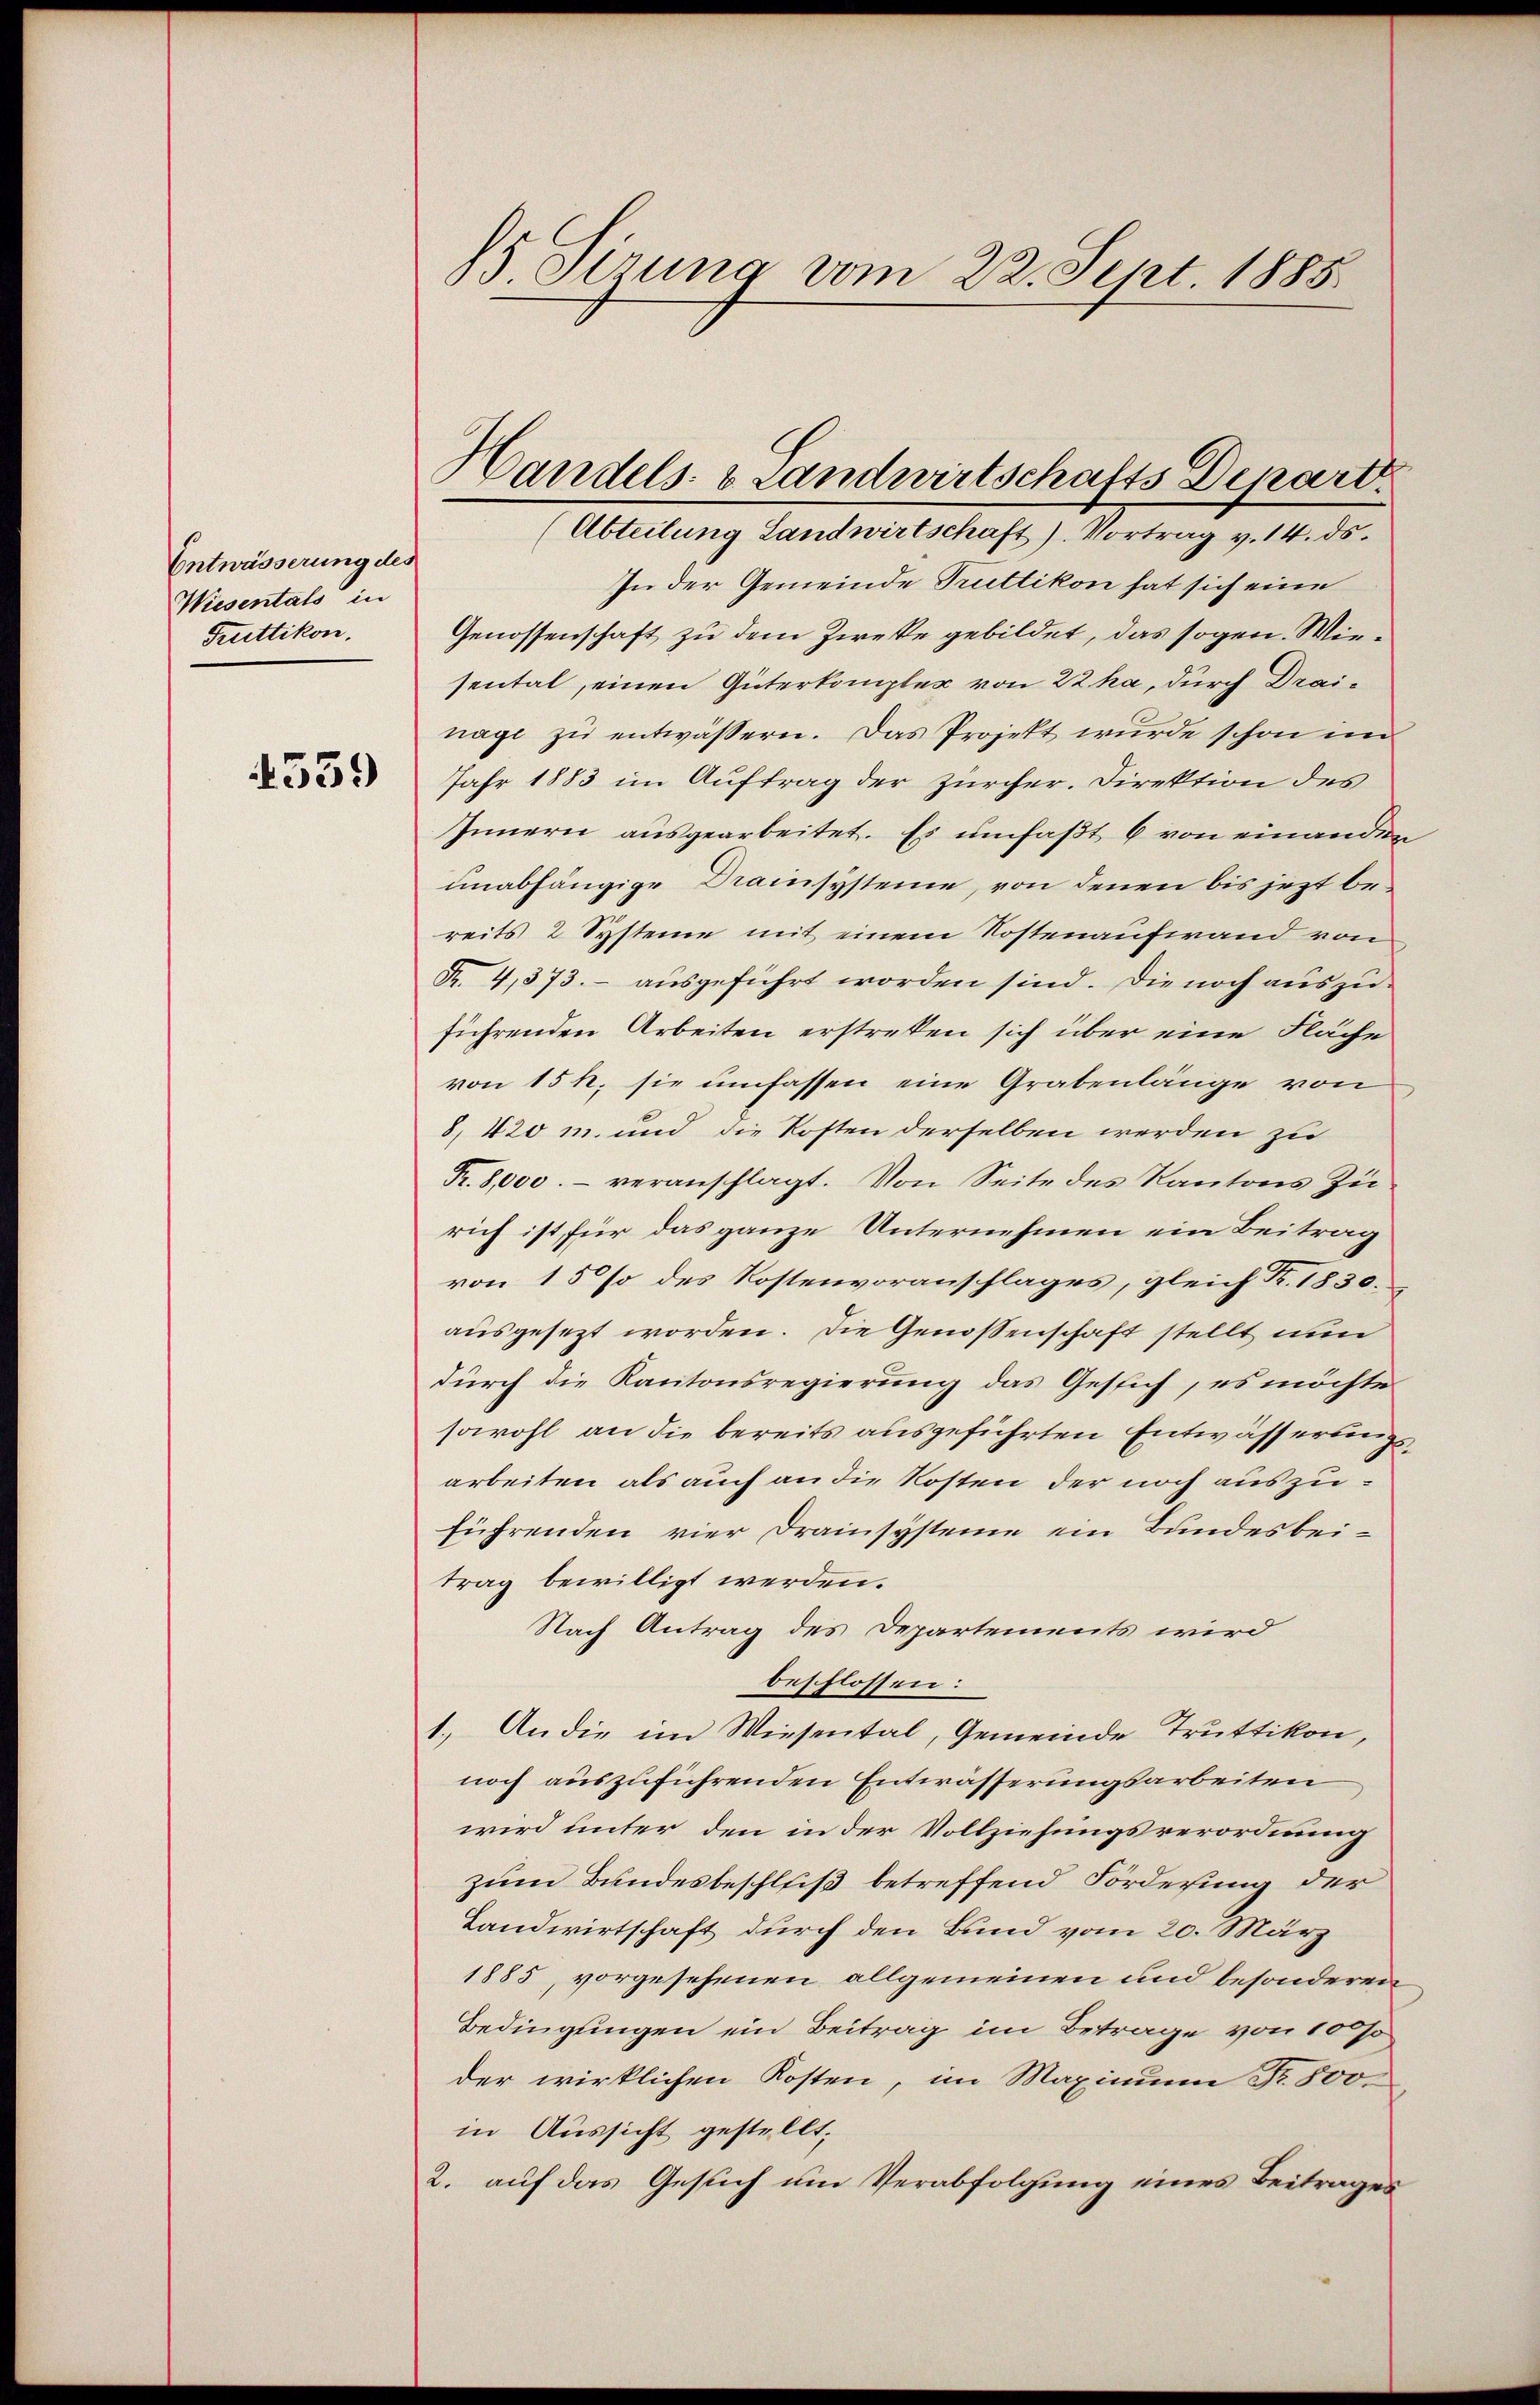
Entwässerung des
Wiesentals in
Fruttikon.

1539

5 Sirung vom 22. Sept. 1885

In der Gemeinde Truttikon hat sich eine
Genossenschaft zu dem Zwecke gebildet, das sogen. Wiesental, einen Güterkomplex von 22 ha, durch Drainage zŭ entwässern. Das Projekt wurde schon im
Jahr 1883 im Auftrag der Zürcher. Direktion des
Innern ausgearbeitet. Es umfaßt 6 von einanden
unabhängige Drainsysteine, von denen bis jezt bereits 2 Systeme mit einem Kostenaufwand von
Fr. 4,373. - ausgeführt worden sind. Die noch auszuführenden Arbeiten erstreten sich über eine Fläche
von 15 h. sie umfassen eine Grabenlänge von
8, 420 m. und die Kosten derselben werden zu
R. 8,000.- veranschlagt. Von Seite des Kantons Zu
rich ist für das ganze Unternehmen ein Beitrag
von 15% des Kostenvoranschlages, gleich Fr. 1830.
ausgesezt worden. Die Genossenschaft stellt nun
durch die Kantonsregierung das Gesich, es möchte
sowohl an die bereits ausgeführten Entwässerungsarbeiten als auch an die Kosten der noch auszuführenden vier Drainsysteme ein Bundesbeitrag bewilligt werden.
Nach Antrag des Departements wird
beschlossen:
1.) An die im Wiesental, Gemeinde Truttikon,
noch auszuführenden Entwässerungsarbeiten
wird unter den in der Vollziehungsverordnung
zum Bundesbeschluß betreffend Forderung der
Landwirtschaft durch den Bund vom 20. März
1885, vorgesehenen allgemeinen und besonderen
Bedingungen ein Beitrag im Betrage von 10 so
der wirklichen Kosten, im Maximum Fr. 500.
in Aussicht gestellt;
2. auf das Gesuch um Verabfolgung eines Beitrages

Handels- & Landwirtschafts Depart.
(Abteilung Landwirtschaft). Vortrag v. 14. ds.